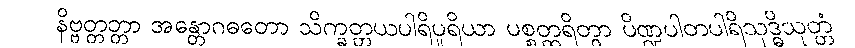
နိဗ္ဗတ္တတ္တာ အန္တောဂဓတော သိက္ခတ္တယပါရိပူရိယာ ပစ္စတ္ထရိတွာ ပိဏ္ဍပါတပါရိသုဒ္ဓိသုတ္တံ